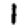
Digit: 1